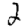
Digit: 2